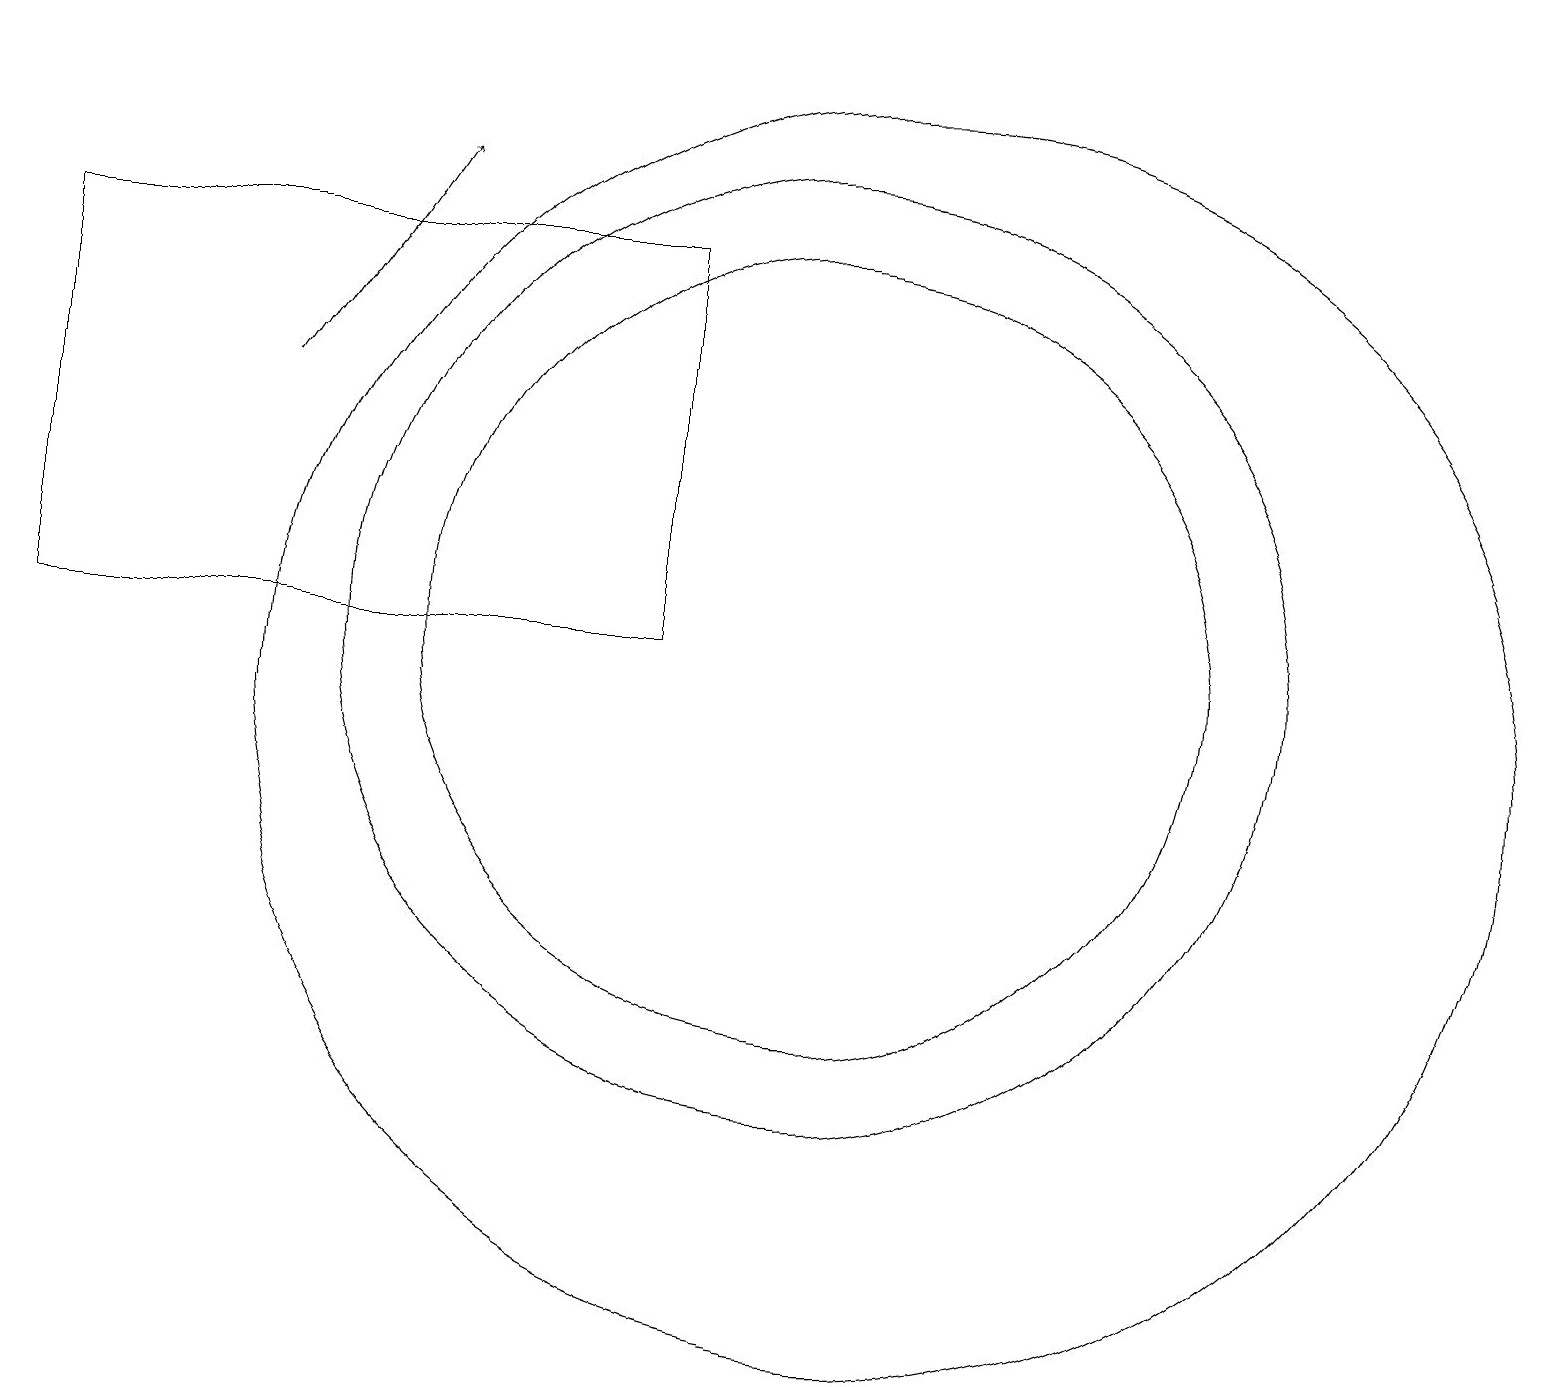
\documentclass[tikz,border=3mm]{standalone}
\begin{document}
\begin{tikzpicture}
\draw (8,11) rectangle (0,16);
\draw (11,10) circle (8);
\draw[->] (3,14) -- (5,17);
\draw (10,11) circle (6);
\draw (10,11) circle (5);
\draw (1,19) rectangle (2,19);
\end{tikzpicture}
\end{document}